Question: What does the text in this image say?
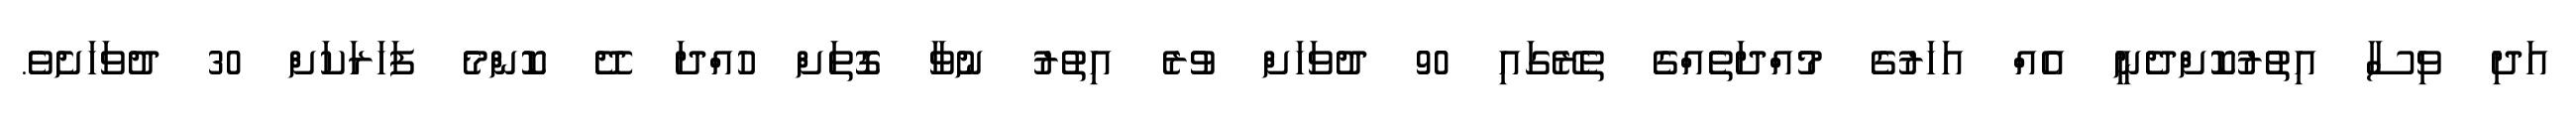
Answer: އަދި ވިސާ އިތުރުކޮށްދެނީ އެއް އަހަރުގެ މުއްދަތެއްގެ ތެރޭގައި 90 ދުވަހަށް ވުރެ އިތުރު ނުވާ ގޮތަށް ހުއްދަ ދޭ ކޮންމެ ފަހަރަކަށް 30 ދުވަހަށެވެ.